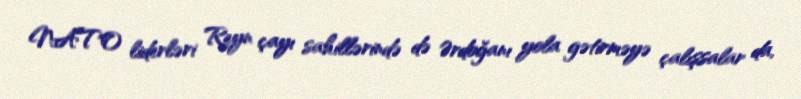
NATO liderləri Reyn çayı sahillərində də Ərdoğanı yola gətirməyə çalışsalar da,